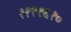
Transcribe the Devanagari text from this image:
११२१६१०